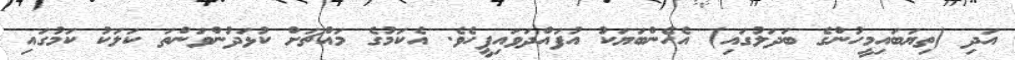
އަދި (ތިޔަބައިމީހުންގެ ބަދަލުގައި) އެހެންބަޔަކު އުފައްދަވައިފީހެވެ. އެކަމުގެ މައްޗަށް ކުޅަދުންވަންތަ ކަލަކު ކަމުގައި